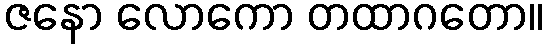
ဇနော လောကော တထာဂတော။